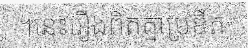
។នេះរឿងពិតគ្មាប្រឌឹត